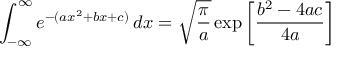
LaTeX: \int _ { - \infty } ^ { \infty } e ^ { - ( a x ^ { 2 } + b x + c ) } \, d x = { \sqrt { \frac { \pi } { a } } } \exp \left[ { \frac { b ^ { 2 } - 4 a c } { 4 a } } \right]